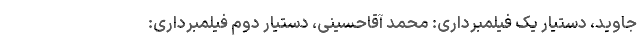
جاوید، دستیار یک فیلمبرداری: محمد آقاحسینی، دستیار دوم فیلمبرداری: